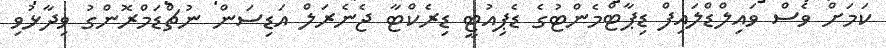
ކަމަށް ވެސް ވައިލްޑްލައިފް ޑިޕާޓްމެންޓުގެ ޑެޕިއުޓީ ޑިރެކްޓާ ޖެނެރަލް އަޑިސަން ނުޗްޑަމްރޮންގު ވިދާޅުވި